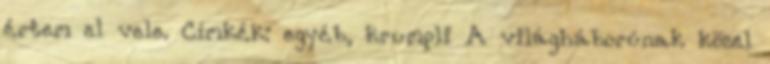
értem el vele. Címkék: egyéb, krumpli A világháborúnak közel